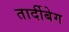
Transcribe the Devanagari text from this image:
तार्दीबेग